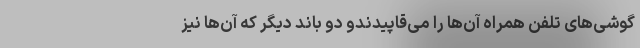
گوشی‌های تلفن همراه آن‌ها را می‌قاپیدندو دو باند دیگر که آن‌ها نیز